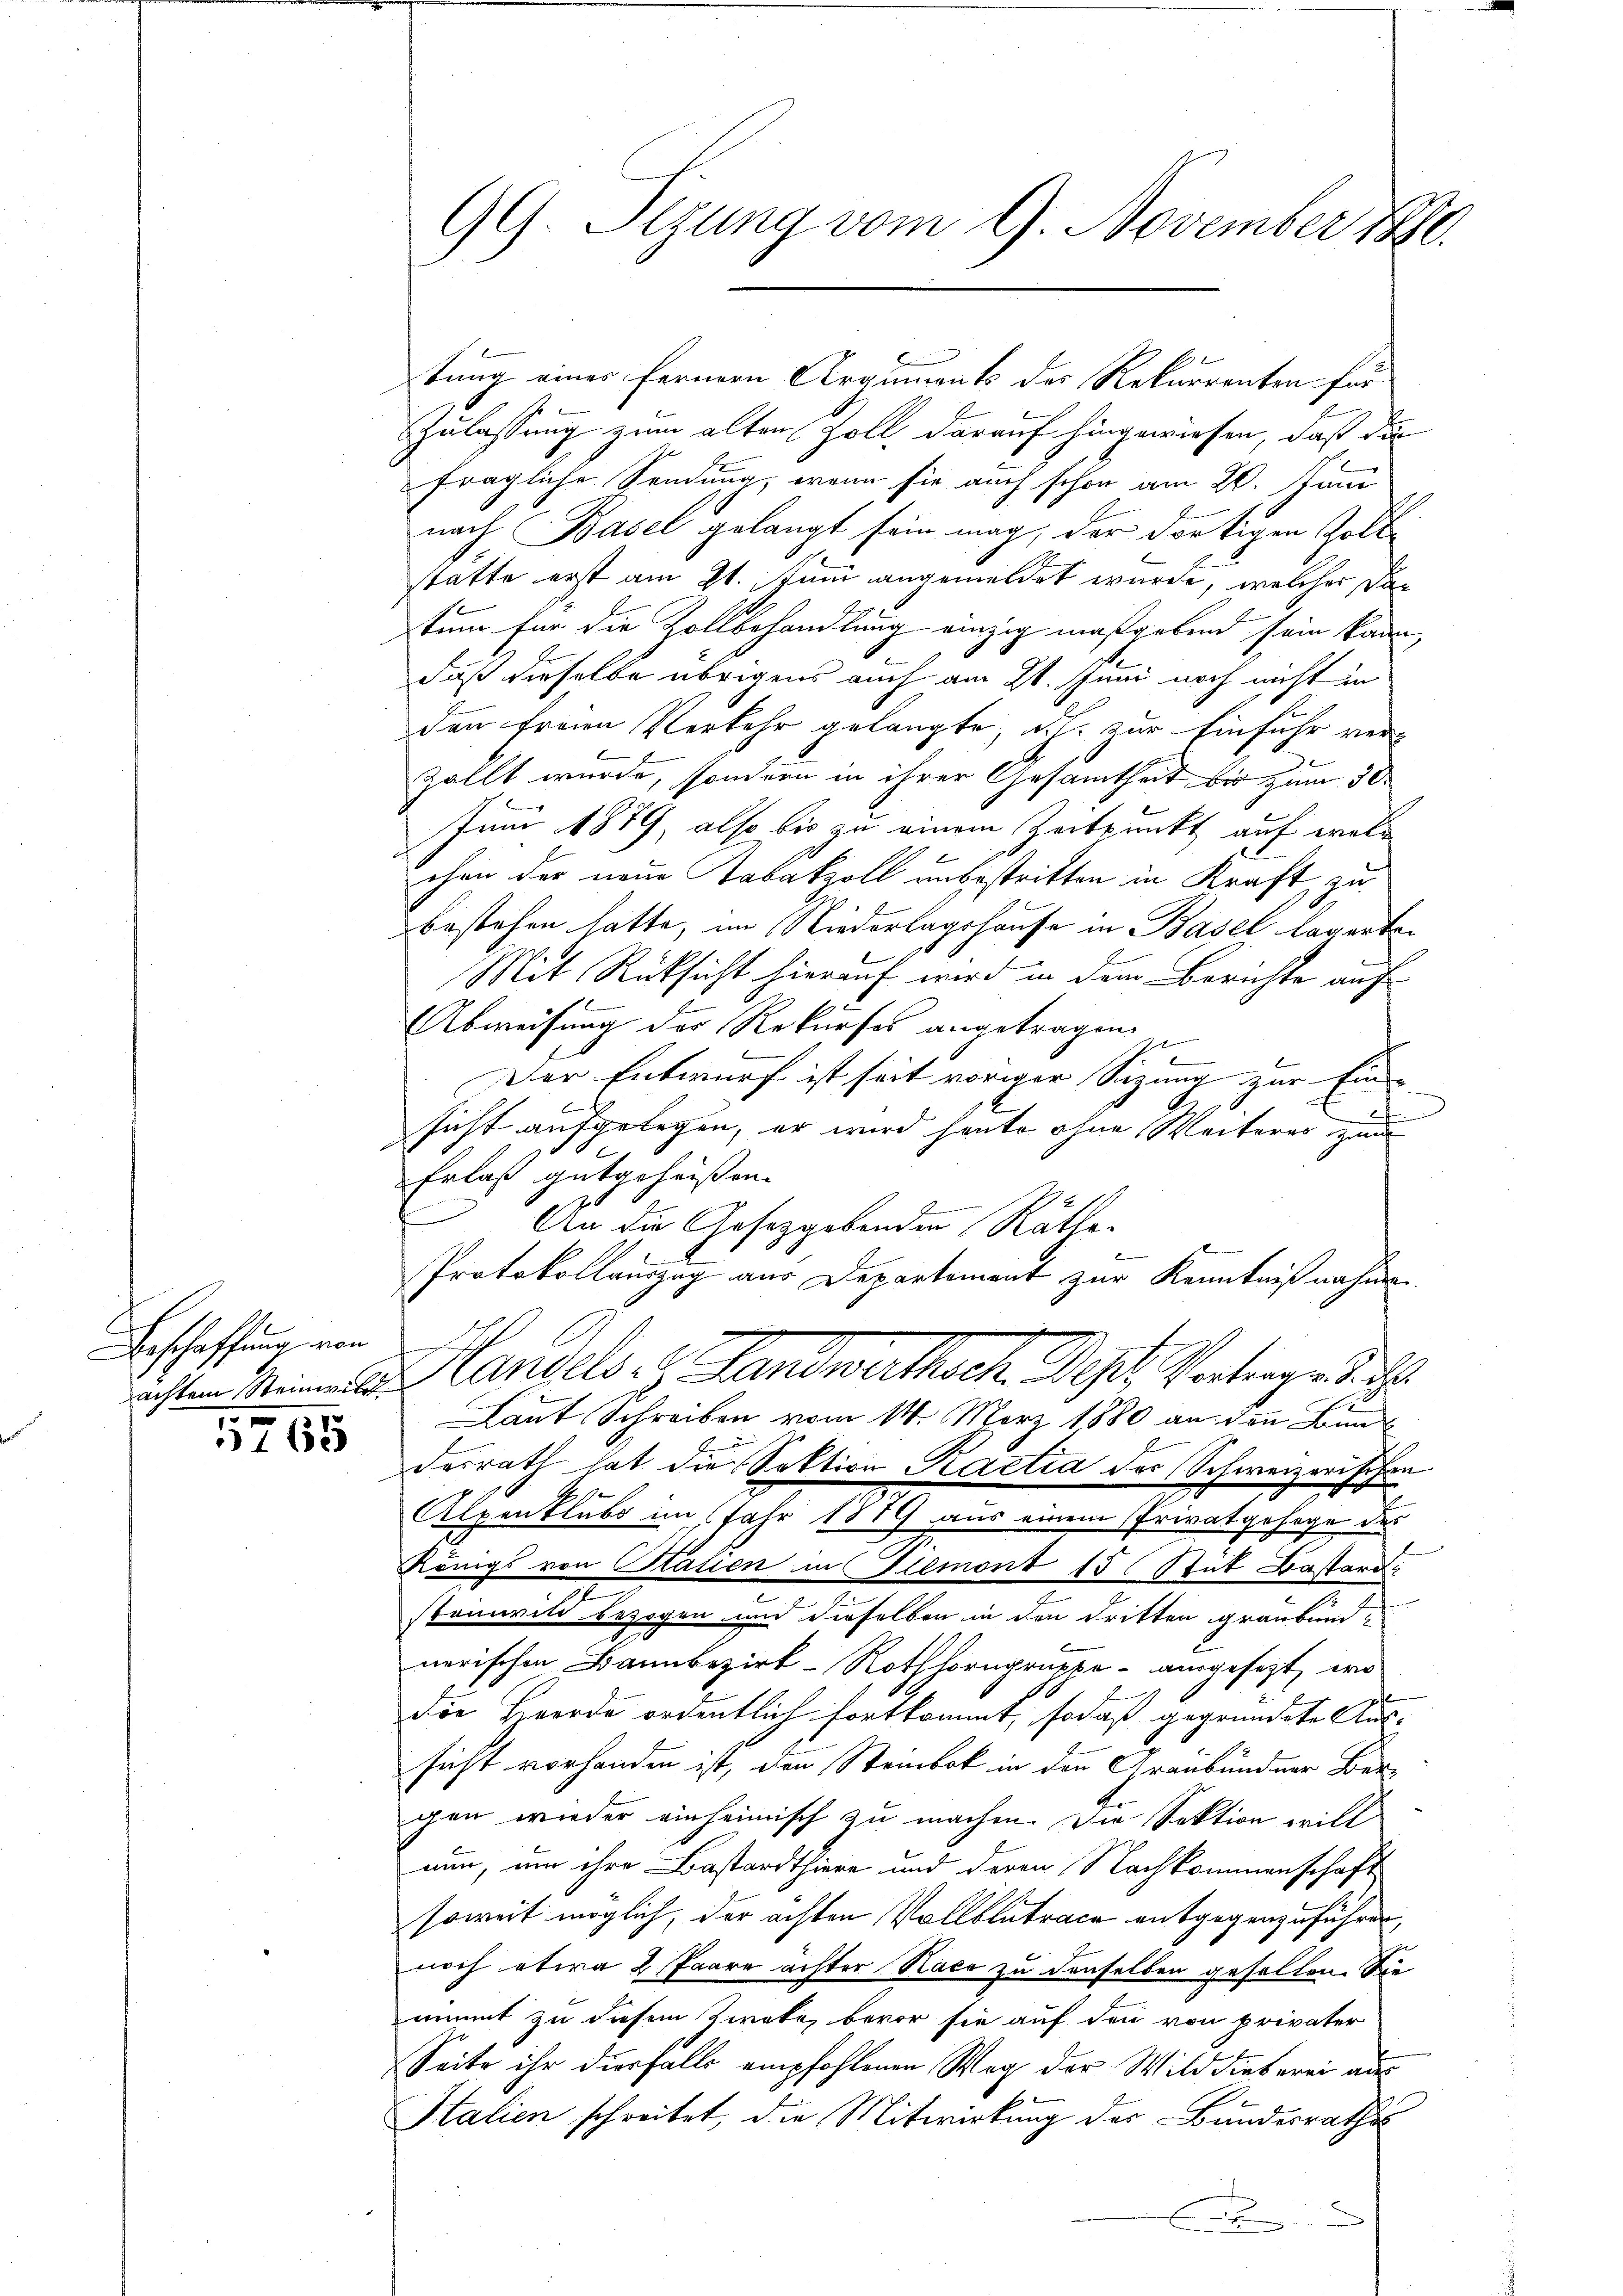
Beschaffung von

1765

tung einer fernern Arguments des Rekurrenten für
Zulassung zum alten soll, darauf hingewiesen, daß die
fragliche Sendung, wenn sie auch schon am 20. Juni
nach Basel gelangt sein mag, der dortigen Zoll
stätte erst am 21. Juni angemeldet wurde, welcher datum für die Zollbehandlung einzig maßgebend sein kann,
daß dieselbe übrigens auch am 21. Juni noch nicht in
den freien Verkehr gelangte, d.h. zur Einfuhr verzällt wurde, sondern in ihrer Gesamtheit bis zum 30.
Juni 1879, also bis zu einem Zeitpunkt auf welchen der neue Tabakzoll unbestritten in Kraft, zu
bestehen hatte, im Niederlagshause in Basel lagerten
Mit Rücksicht hierauf wird in dem Berichte auf
Abweisung des Rekurses angetragen.
e
b
Der Entwurf ist seit voriger Sitzung zur Ein- |
1
.
sicht aufgelegen, er wird heute ohne Weiteres zum
Erlaß gutgeheissen. |
26
12
e
An die Gesetzgebenden Rathe
Protokollauszug aus Departement zur Kenntnißnahme.
st Andels- & Landwirthsch. Des Vortrage. d. d
Laut Schreiben vom 14. März 1880 an den Bundorrath hat die Sektion Kartia der Schweizerischen
9
Alpenblubs im Jahr 1879 aus einem Privatgesage des
Köings von Stalien in Glemont 15 Stüt Bastard
2
stammvili bezogen und derselben in den dritten graubündnerischen Bannbezirk-Rothhorngruppe - ausgesetzt, wo
Die Beerde ordentlich fortkommt, so daß gegründete Aus-
sicht vorhanden ist, den Stambok in den Graubündner Bere
gen wieder einheimisch zu machen. Die Sektion will
nun, um ihre Bastardthiere und deren Nachkommenschaft
soweit möglich, der achten Vollblutrace entgegenzuführen,
noch etwa 2 Paare achter Naco zu denselben gefallen. Sie
nimmt zu diesem Zweke, bevor sie auf den von privater
Seite ihr diesfalls empfohlenen Weg der Wild dieserei aus
Stalien schreitet, die Mitwirkung der Bandesraths
E

GG. Sizung vom 9. November 1890.